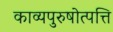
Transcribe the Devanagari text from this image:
काव्यपुरुषोत्पत्ति